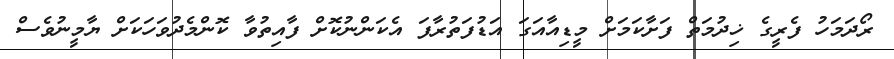
ރޯދަމަހު ފެރީގެ ޚިދުމަތް ފަށާކަމަށް މީޑިއާއަގަ އަޑުފަތުރާފަ އެކަންނުކޮށް ފާއިތުވާ ކޮންމެދުވަހަކަށް ޔާމީނުވެސް